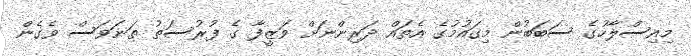
މިއިސްލާހުގެ ސަބަބުން މިގައުމުގެ އެތައް ދަރިންނަށް ވަޒީފާ ގެ ފުރުސަތު ތަނަވަސް ވެގެން